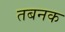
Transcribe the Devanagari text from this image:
तबनक